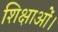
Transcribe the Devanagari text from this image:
शिक्षाओं।